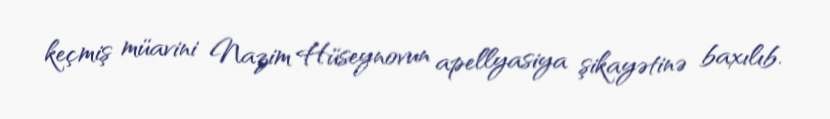
keçmiş müavini Nazim Hüseynovun apellyasiya şikayətinə baxılıb.